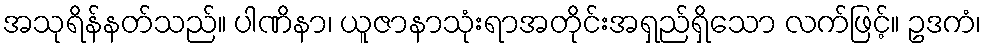
အသုရိန်နတ်သည်။ ပါဏိနာ၊ ယူဇာနာသုံးရာအတိုင်းအရှည်ရှိသော လက်ဖြင့်။ ဥဒကံ၊